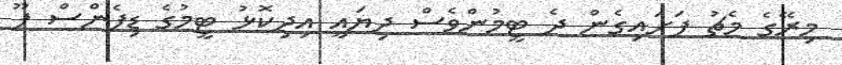
މިރޭގެ މެޗު ފަށައިގެން ދެ ޓީމުންވެސް ދިޔައީ އިދިކޮޅު ޓީމުގެ ޑިފެންސް ފޫ